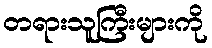
တရားသူကြီးများကို